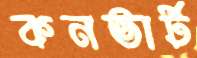
কনভার্ট